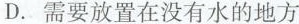
D.需要放置在没有水的地方